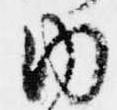
内